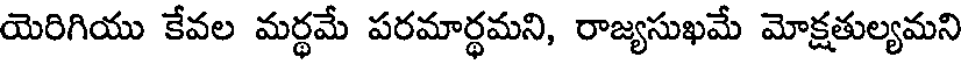
యెరిగియు కేవల మర్థమే పరమార్థమని, రాజ్యసుఖమే మోక్షతుల్యమని